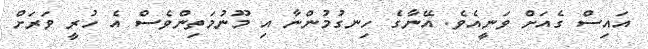
އައިސް ގެއަށް ވަނީއެވެ. އޭނާގެ ހިނގުމުންނާ އި މޫނުމަތިންވެސް އެ ހުރީ ވަރަށް